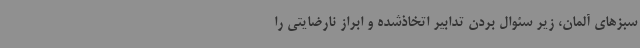
سبزهای آلمان، زیر سئوال بردن تدابیر اتخاذشده و ابراز نارضایتی را